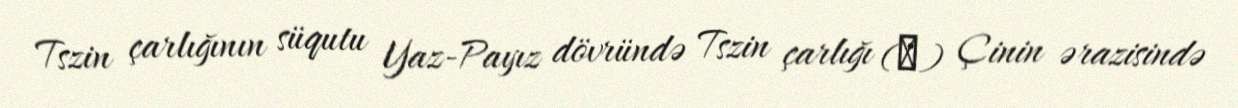
Tszin çarlığının süqutu Yaz-Payız dövründə Tszin çarlığı (晉) Çinin ərazisində